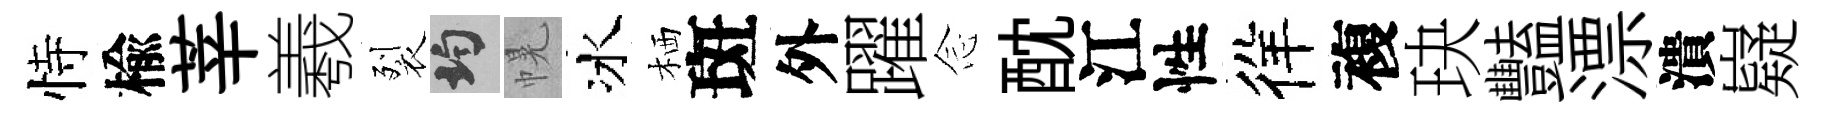
恃楡莘羲裂均幌冰栖斑外躍𫝹酖江性徉複玦豔漂潰嶷